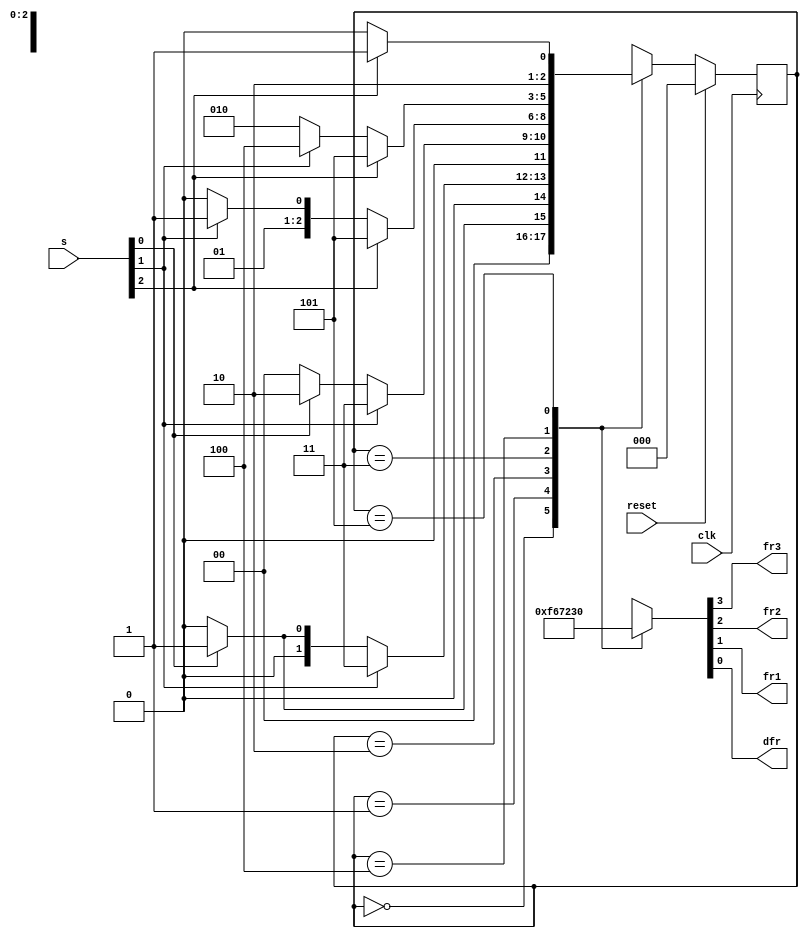
module top_module (
	input clk,
	input reset,
	input [3:1] s,
	output reg fr3,
	output reg fr2,
	output reg fr1,
	output reg dfr
);


	// Give state names and assignments. I'm lazy, so I like to use decimal numbers.
	// It doesn't really matter what assignment is used, as long as they're unique.
	// We have 6 states here.
	parameter A2=0, B1=1, B2=2, C1=3, C2=4, D1=5;
	reg [2:0] state, next;		// Make sure these are big enough to hold the state encodings.
	


    // Edge-triggered always block (DFFs) for state flip-flops. Synchronous reset.	
	always @(posedge clk) begin
		if (reset) state <= A2;
		else state <= next;
	end



    // Combinational always block for state transition logic. Given the current state and inputs,
    // what should be next state be?
    // Combinational always block: Use blocking assignments.    
	always@(*) begin
		case (state)
			A2: next = s[1] ? B1 : A2;
			B1: next = s[2] ? C1 : (s[1] ? B1 : A2);
			B2: next = s[2] ? C1 : (s[1] ? B2 : A2);
			C1: next = s[3] ? D1 : (s[2] ? C1 : B2);
			C2: next = s[3] ? D1 : (s[2] ? C2 : B2);
			D1: next = s[3] ? D1 : C2;
			default: next = 'x;
		endcase
	end
	
	
	
	// Combinational output logic. In this problem, a procedural block (combinational always block) 
	// is more convenient. Be careful not to create a latch.
	always@(*) begin
		case (state)
			A2: {fr3, fr2, fr1, dfr} = 4'b1111;
			B1: {fr3, fr2, fr1, dfr} = 4'b0110;
			B2: {fr3, fr2, fr1, dfr} = 4'b0111;
			C1: {fr3, fr2, fr1, dfr} = 4'b0010;
			C2: {fr3, fr2, fr1, dfr} = 4'b0011;
			D1: {fr3, fr2, fr1, dfr} = 4'b0000;
			default: {fr3, fr2, fr1, dfr} = 'x;
		endcase
	end
	
endmodule